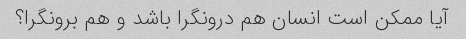
آیا ممکن است انسان هم درونگرا باشد و هم برونگرا؟